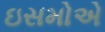
ઇસમોએ